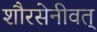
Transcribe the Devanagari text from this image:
शौरसेनीवत्